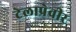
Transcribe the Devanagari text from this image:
टेलाप्रेवीर